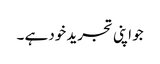
جو اپنی تجرید خود ہے ۔